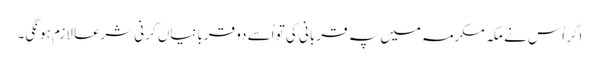
اگر اُس نے مکہ مکرمہ میں پہ قربانی کی تو اُسے دو قربانیاں کرنی شرعاً لازم ہونگی۔